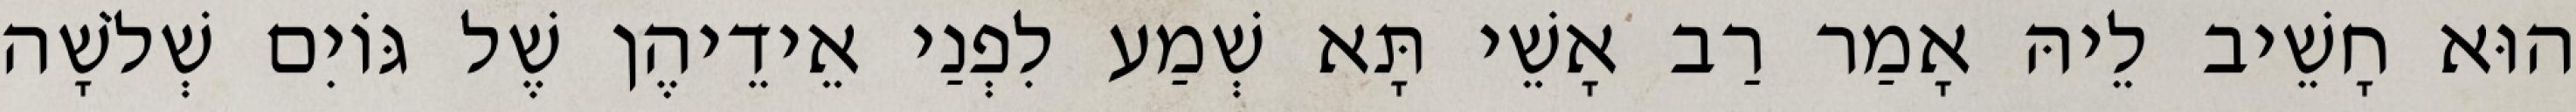
הוּא חָשֵׁיב לֵיהּ אָמַר רַב אָשֵׁי תָּא שְׁמַע לִפְנַי אֵידֵיהֶן שֶׁל גּוֹיִם שְׁלֹשָׁה